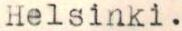
Helsinki.